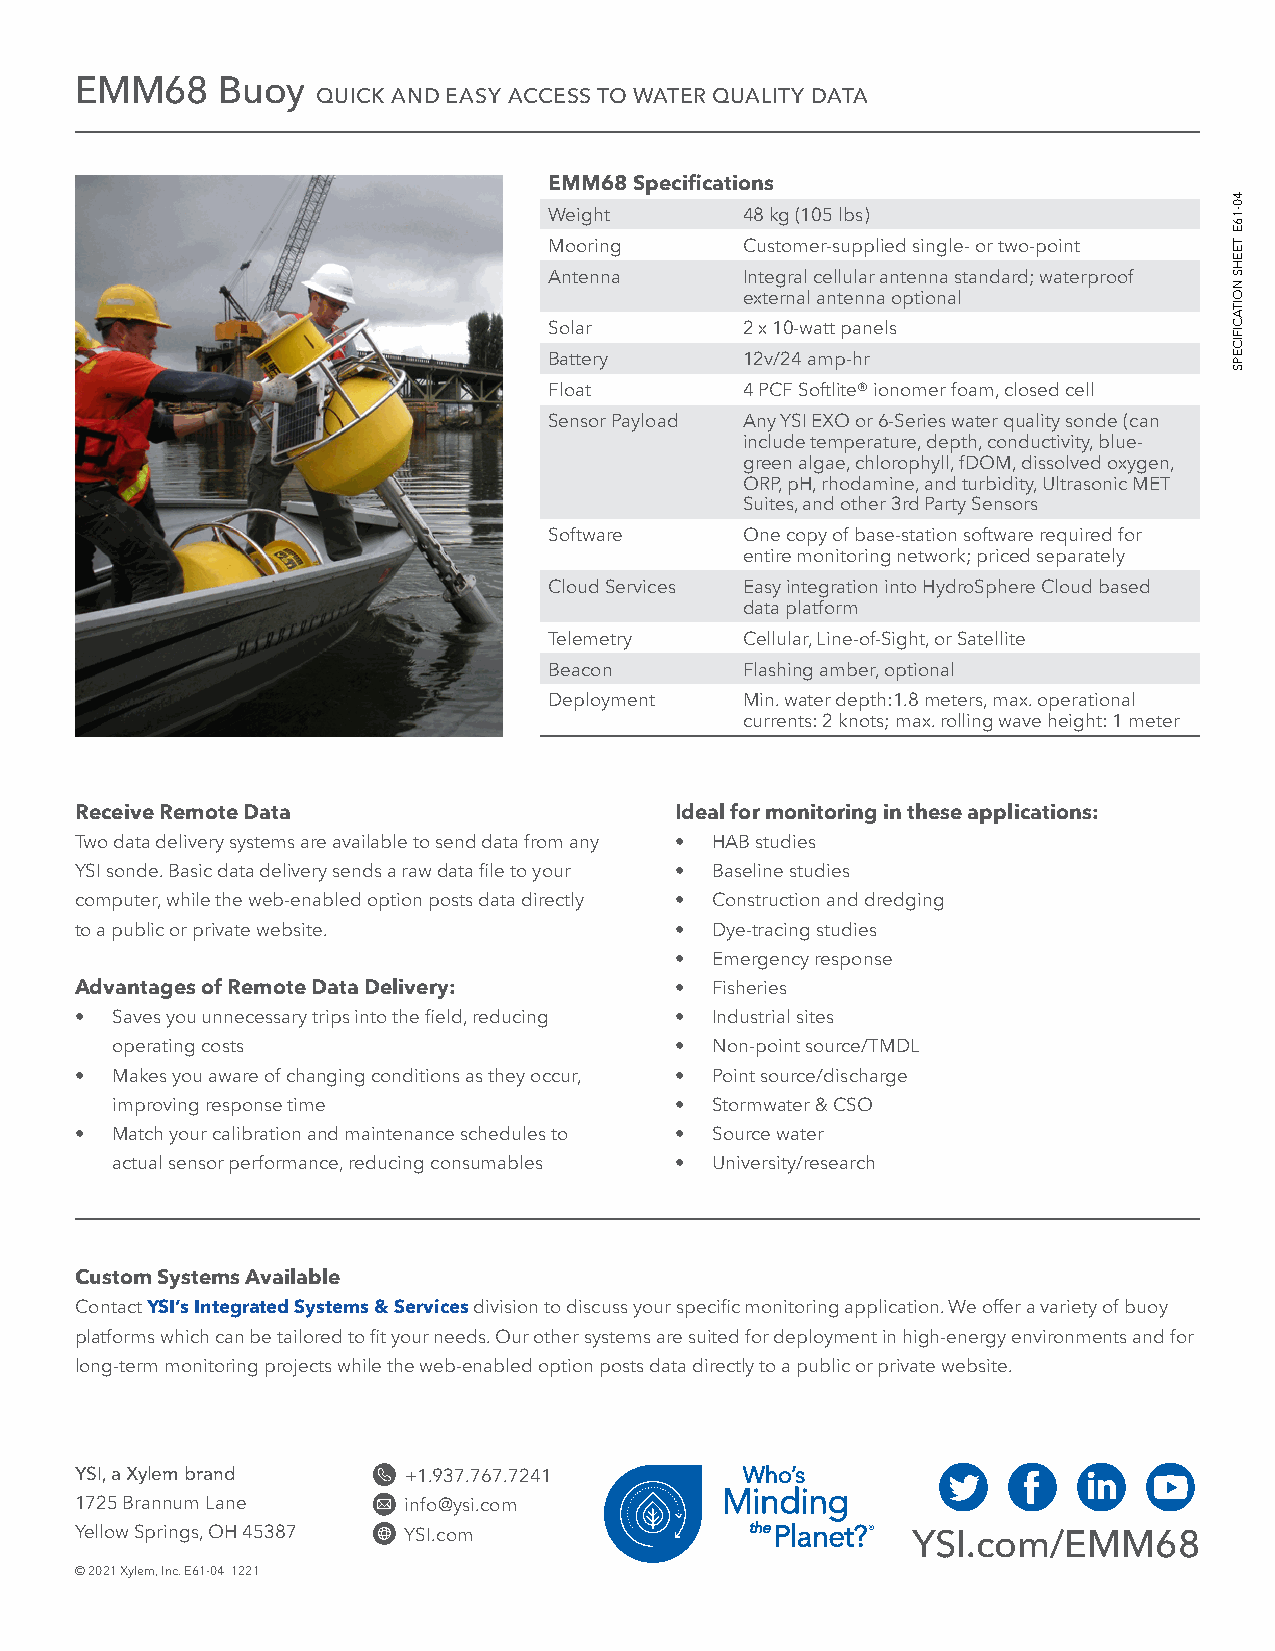
EMM68    Buoy
 QUICK AND EASY ACCESS TO WATER QUALITY DATA
 EMM68 Specifications
 Weight       48 kg (105 lbs)
 Mooring      Customer-supplied single- or two-point
 Antenna      Integral cellular antenna standard; waterproof
 external antenna optional
 Solar        2 x 10-watt panels
 Battery      12v/24 amp-hr
 Float        4 PCF Softlite® ionomer foam, closed cell
 Sensor Payload Any YSI EXO or 6-Series water quality sonde (can
 include temperature, depth, conductivity, blue-
 green algae, chlorophyll, fDOM, dissolved oxygen,
 ORP, pH, rhodamine, and turbidity, Ultrasonic MET
 Suites, and other 3rd Party Sensors
 Software     One copy of base-station software required for
 entire monitoring network; priced separately
 Cloud Services Easy integration into HydroSphere Cloud based
 data platform
 Telemetry    Cellular, Line-of-Sight, or Satellite
 Beacon       Flashing amber, optional
 Deployment   Min. water depth:1.8 meters, max. operational
 currents: 2 knots; max. rolling wave height: 1 meter
 Receive Remote Data                     Ideal for monitoring in these applications:
 Two data delivery systems are available to send data from any • HAB studies
 YSI sonde. Basic data delivery sends a raw data file to your • Baseline studies
 computer, while the web-enabled option posts data directly • Construction and dredging
 to a public or private website.         • Dye-tracing studies
 • Emergency response
 Advantages of Remote Data Delivery:     • Fisheries
 • Saves you unnecessary trips into the field, reducing • Industrial sites
 operating costs                       • Non-point source/TMDL
 • Makes you aware of changing conditions as they occur, • Point source/discharge
 improving response time               • Stormwater & CSO
 • Match your calibration and maintenance schedules to • Source water
 actual sensor performance, reducing consumables • University/research
 Custom Systems Available
 Contact YSI’s Integrated Systems & Services division to discuss your specific monitoring application. We offer a variety of buoy
 platforms which can be tailored to fit your needs. Our other systems are suited for deployment in high-energy environments and for
 long-term monitoring projects while the web-enabled option posts data directly to a public or private website.
 YSI, a Xylem brand    +1.937.767.7241
 1725 Brannum Lane     info@ysi.com
 Yellow Springs, OH 45387 YSI.com                       YSI.com/EMM68
 © 2021 Xylem, Inc. E61-04 1221
 40-16E
 TEEHS
 NOITACIFICEPS